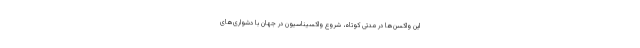
این واکسن‌ها در مدتی کوتاه، شروع واکسیناسیون در جهان با دشواری‌های